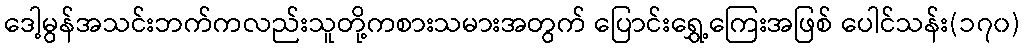
ဒေါ့မွန်အသင်းဘက်ကလည်းသူတို့ကစားသမားအတွက် ပြောင်းရွှေ့ကြေးအဖြစ် ပေါင်သန်း(၁၇၀)